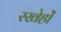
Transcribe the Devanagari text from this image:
रखेहों